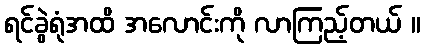
ရင်ခွဲရုံအထိ အလောင်းကို လာကြည့်တယ် ။